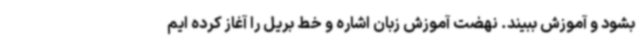
بشود و آموزش ببیند. نهضت آموزش زبان اشاره و خط بریل را آغاز کرده ایم